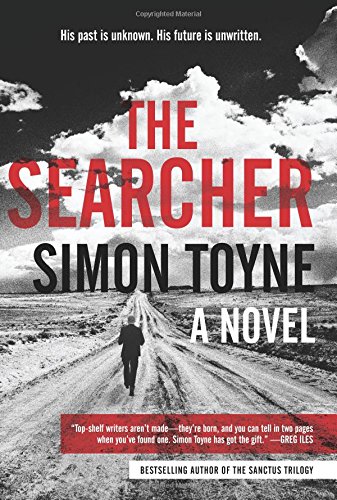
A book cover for The Searcher: A Novel (Solomon Creed); Simon Toyne; Mystery, Thriller & Suspense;